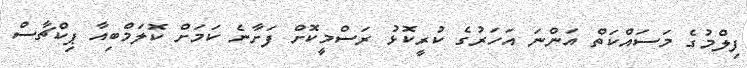
ފިލްމުގެ މަސައްކަތް އަންނަ އަހަރުގެ ކުރީކޮޅު ރަސްމީކޮށް ފަށާނެ ކަމަށް ކޮލަމްބިއާ ޕިކްޗާސް